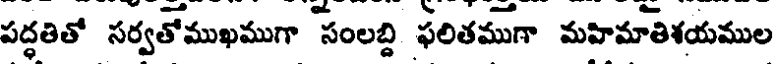
పద్ధతితో సర్వతోముఖముగా సంలబ్ది ఫలితముగా మహిమాతిశయముల